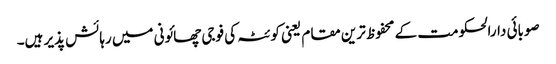
صوبائی دارالحکومت کے محفوظ ترین مقام یعنی کوئٹہ کی فوجی چھائونی میں رہائش پذیر ہیں۔